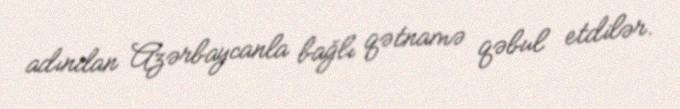
adından Azərbaycanla bağlı qətnamə qəbul etdilər.